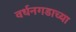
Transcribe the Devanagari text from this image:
वर्धनगडाच्या